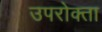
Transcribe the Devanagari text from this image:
उपरोक्ता